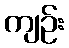
ကျဉ်း